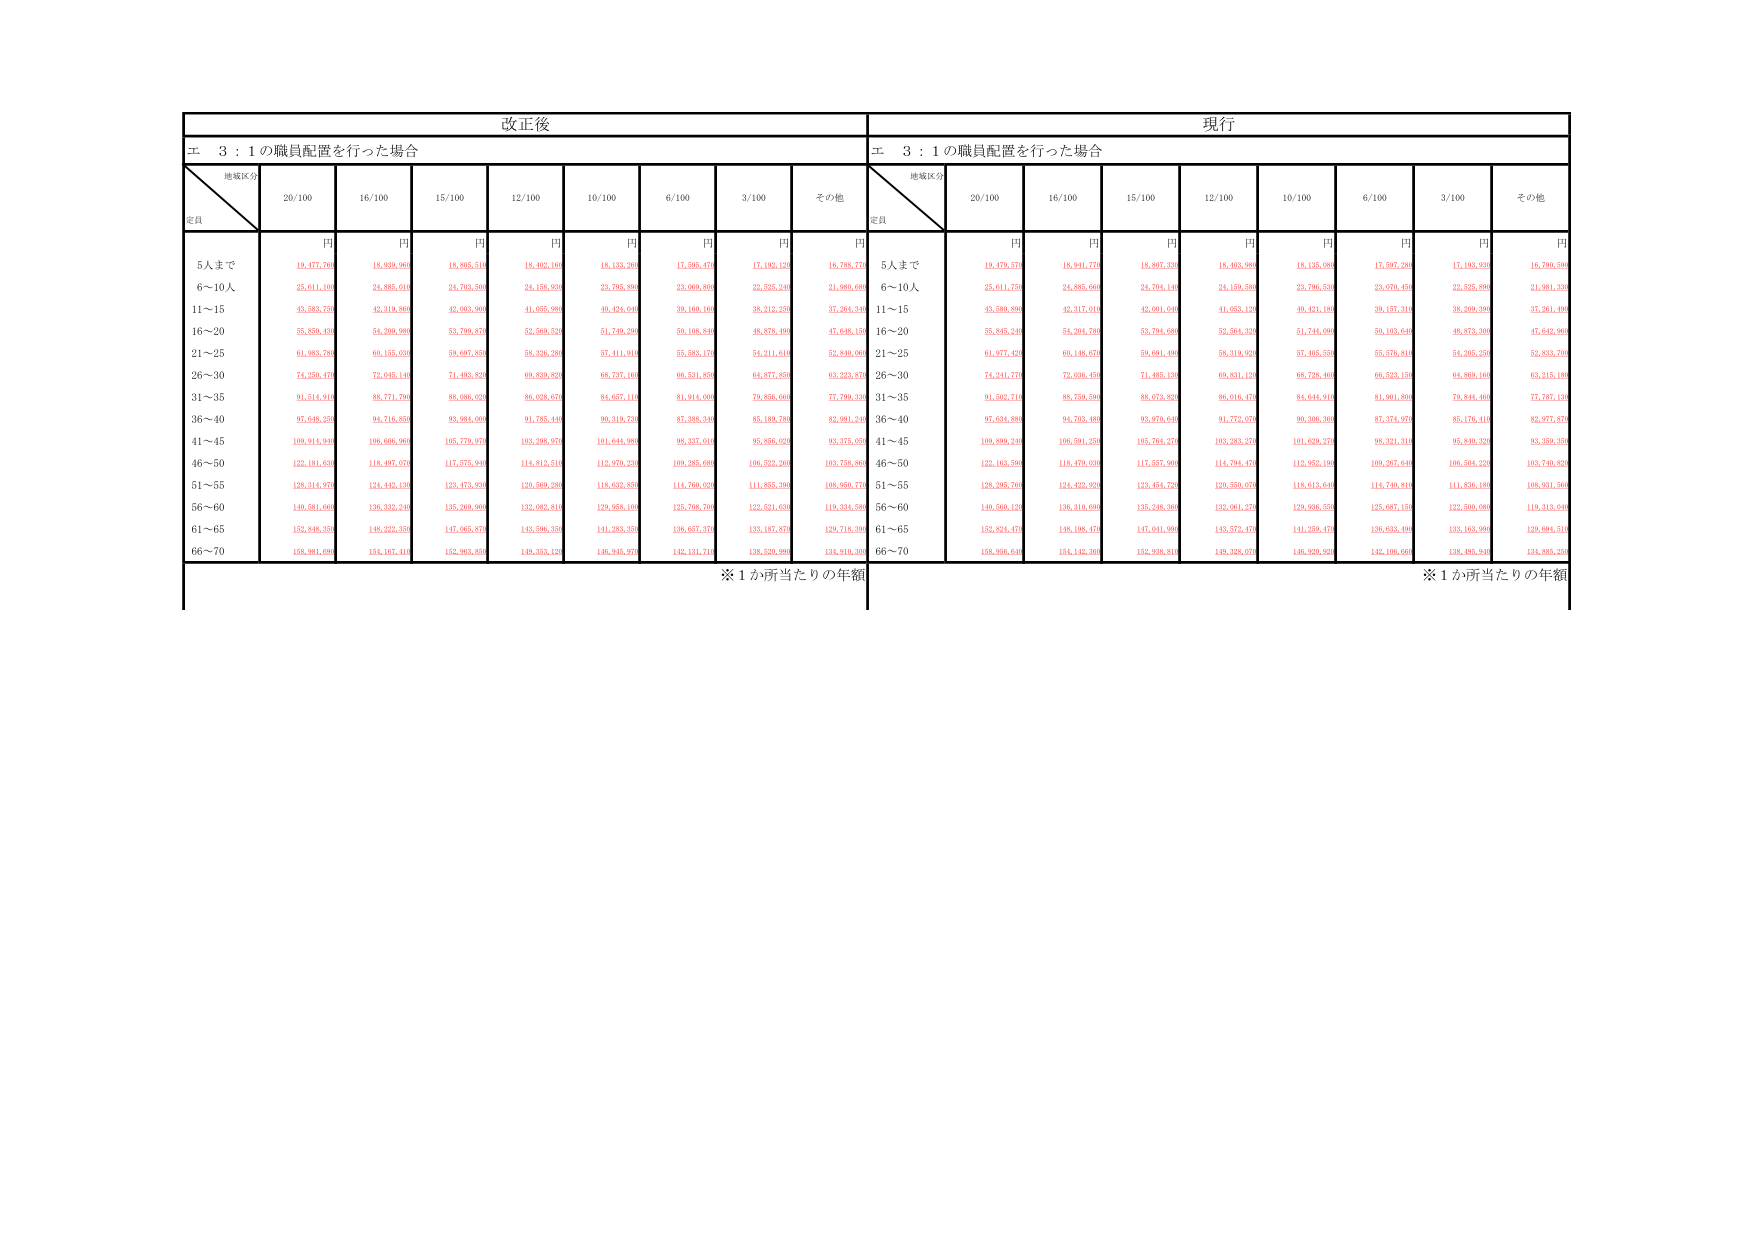
改正後
現行
エ 3：1の職員配置を行った場合
エ 3：1の職員配置を行った場合
地域区分
定員
20/100
16/100
15/100
12/100
10/100
6/100
3/100
その他
地域区分
定員
20/100
16/100
15/100
12/100
10/100
6/100
3/100
その他
円
円
円
円
円
円
円
円
円
円
円
円
円
円
円
円
円
円
5人まで
19,477,760
18,939,960
18,805,510
18,402,160
18,133,260
17,585,470
17,192,120
16,788,770
5人まで
19,478,570
18,941,770
18,807,330
18,403,980
18,135,080
17,587,290
17,193,940
16,790,590
6～10人
25,611,100
24,885,500
24,703,500
24,156,930
23,795,800
23,069,800
22,525,240
21,960,680
6～10人
25,611,750
24,885,660
24,704,140
24,159,580
23,796,530
23,070,450
22,525,890
21,961,330
11～15
45,583,750
42,319,960
42,093,960
41,055,990
40,424,040
39,160,160
38,212,250
37,264,340
11～15
45,589,880
42,317,010
42,091,040
41,053,120
40,421,180
39,157,310
38,209,390
37,261,480
16～20
55,850,430
54,299,980
53,799,870
52,560,530
51,749,290
50,108,840
48,878,490
47,648,150
16～20
55,845,240
54,294,780
53,794,680
52,564,320
51,744,090
50,103,640
48,873,300
47,642,960
21～25
61,983,780
60,155,930
59,697,850
58,350,280
57,411,910
55,583,170
54,211,610
52,840,060
21～25
61,977,420
60,149,670
59,691,400
58,319,920
57,405,550
55,576,810
54,205,250
52,833,700
26～30
74,250,470
72,645,140
71,483,850
69,839,850
68,737,160
66,531,850
64,877,850
63,223,870
26～30
74,241,770
72,636,450
71,485,130
69,831,120
68,728,460
66,523,150
64,869,160
63,215,180
31～35
91,514,910
88,771,790
88,088,050
86,028,670
84,657,110
81,914,090
79,856,660
77,799,330
31～35
91,502,710
88,759,590
88,075,820
86,016,470
84,644,910
81,901,890
79,844,460
77,787,130
36～40
97,646,350
94,716,850
93,984,060
91,785,440
90,319,730
87,388,340
85,189,790
82,991,240
36～40
97,634,880
94,705,480
93,970,640
91,772,070
90,306,360
87,374,970
85,176,410
82,977,870
41～45
109,914,940
106,606,960
105,779,970
103,298,970
101,644,980
98,337,010
95,856,020
93,375,030
41～45
109,899,240
106,591,250
105,764,270
103,283,270
101,629,270
98,321,310
95,840,330
93,359,350
46～50
122,181,630
118,497,970
117,575,940
114,812,510
112,970,230
109,285,680
106,522,300
103,758,860
46～50
122,163,590
118,479,030
117,557,000
114,794,470
112,952,190
109,267,640
106,504,260
103,740,820
51～55
128,314,970
124,442,180
123,473,940
120,560,280
118,632,850
114,760,020
111,855,390
108,950,770
51～55
128,285,760
124,422,920
123,454,720
120,550,070
118,613,640
114,740,810
111,836,180
108,931,560
56～60
140,581,660
136,332,240
135,269,980
132,092,810
129,958,100
125,708,200
122,531,630
119,334,500
56～60
140,560,120
136,310,690
135,248,360
132,061,270
129,936,550
125,687,150
122,500,000
119,313,040
61～65
152,848,350
148,222,350
147,065,870
143,586,350
141,283,350
136,657,370
133,187,870
129,718,390
61～65
152,824,470
148,198,470
147,041,990
143,572,470
141,259,470
136,633,490
133,163,990
129,694,510
66～70
158,981,690
154,167,410
152,963,850
149,333,120
146,943,970
142,131,710
138,520,990
134,910,300
66～70
158,956,640
154,142,360
152,938,810
149,328,070
146,920,920
142,106,660
138,495,940
134,885,250
※1か所当たりの年額
※1か所当たりの年額